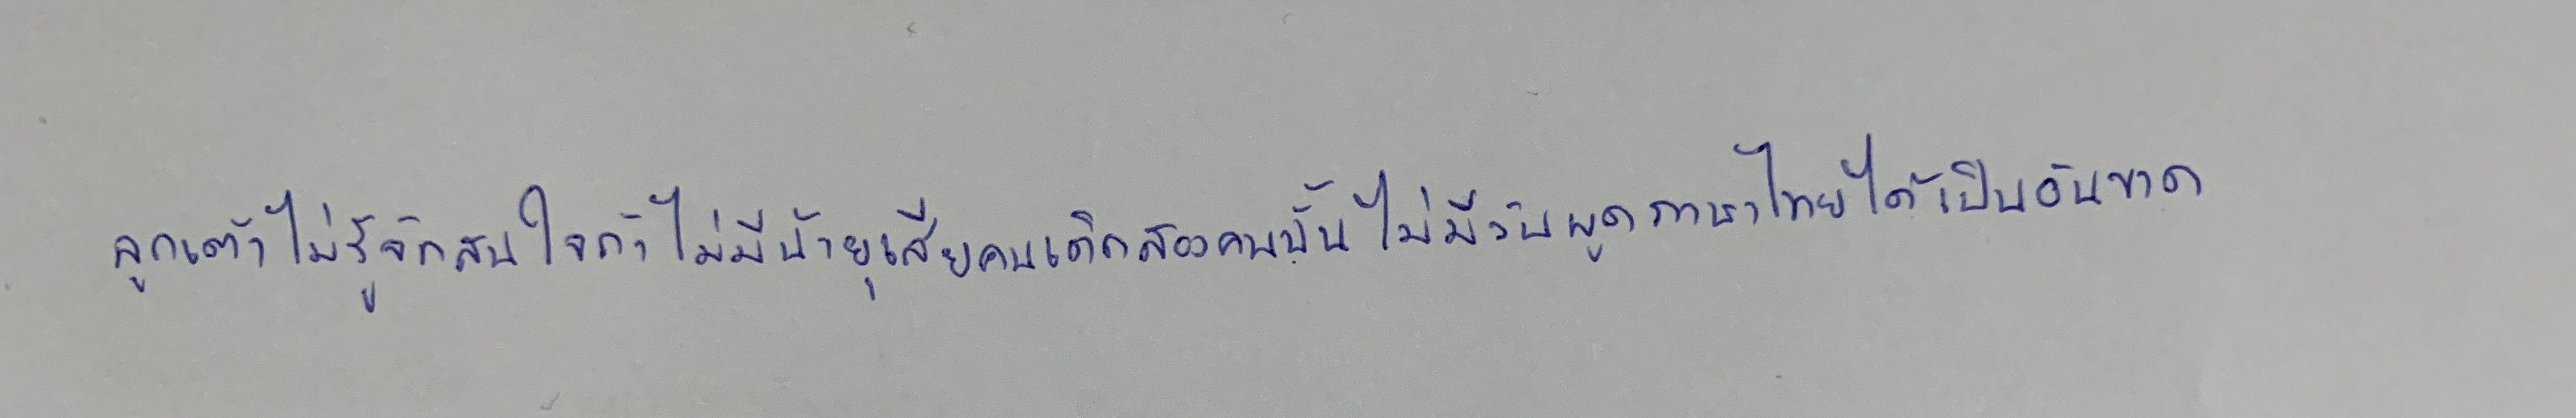
ลูกเต้าไม่รู้จักสนใจถ้าไม่มีน้ายุเสียคนเด็กสองคนนั้นไม่มีวันพูดภาษาไทยได้เป็นอันขาด